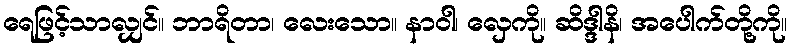
ရေဖြင့်သာလျှင်။ ဘာရိတာ၊ လေးသော။ နာဝါ၊ လှေကို။ ဆိဒ္ဒါနိ၊ အပေါက်တို့ကို။